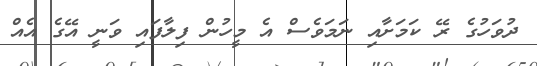
ދުވަހުގެ ރޭ ކަމަށާއި ނަމަވެސް އެ މީހުން ފިލާފައި ވަނީ އޭގެ އެއް